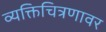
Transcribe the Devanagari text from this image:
व्यक्तिचित्रणावर